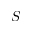
S